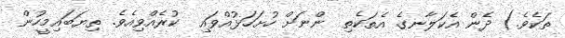
ތަކެވެ.) ދެން އެކަލާނގެ އެތަކެތި  ންނަށް ހުށަހަޅުއްވައި  ކުރެއްވިއެވެ. ތިޔަބައިމީހުން